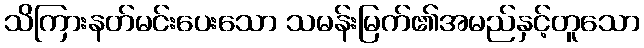
သိကြားနတ်မင်းပေးသော သမန်းမြက်၏အမည်နှင့်တူသော